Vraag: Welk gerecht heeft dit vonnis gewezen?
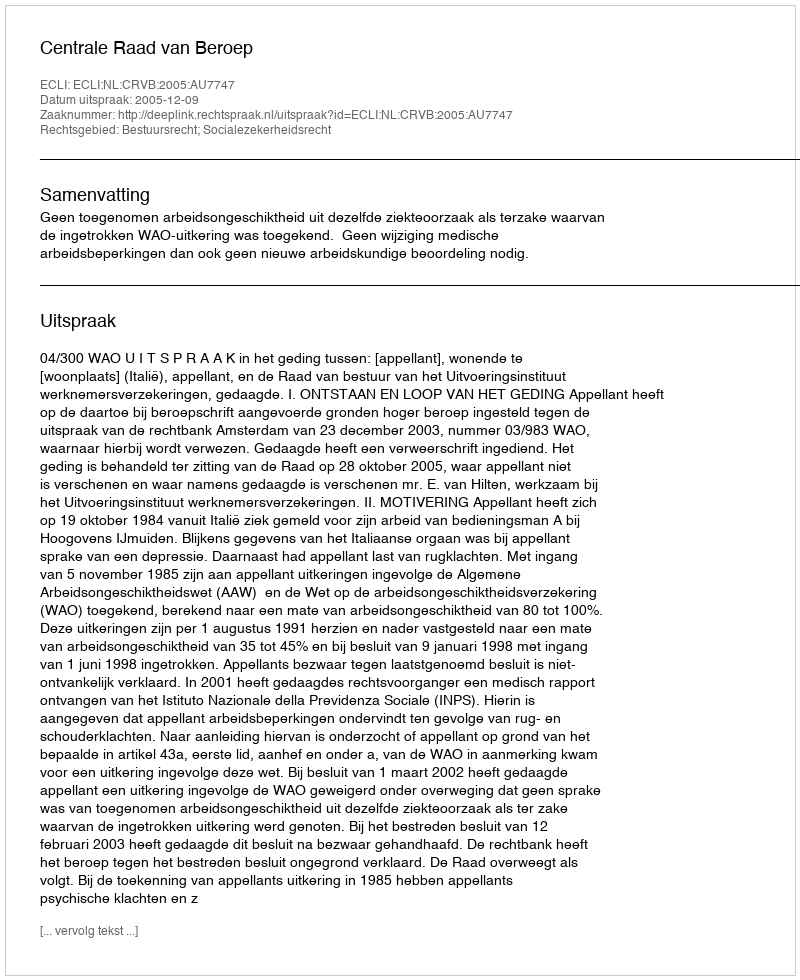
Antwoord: Centrale Raad van Beroep